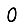
Digit: 0